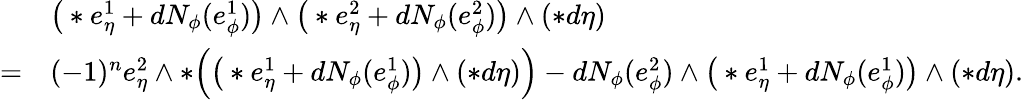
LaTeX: \begin{array}{rl}&{\big(\ast e_{\eta}^{1}+dN_{\phi}(e_{\phi}^{1})\big)\wedge\big(\ast e_{\eta}^{2}+dN_{\phi}(e_{\phi}^{2})\big)\wedge(\ast d\eta)}\\ {=}&{(-1)^{n}e_{\eta}^{2}\wedge\ast\Big(\big(\ast e_{\eta}^{1}+dN_{\phi}(e_{\phi}^{1})\big)\wedge(\ast d\eta)\Big)-dN_{\phi}(e_{\phi}^{2})\wedge\big(\ast e_{\eta}^{1}+dN_{\phi}(e_{\phi}^{1})\big)\wedge(\ast d\eta).}\end{array}